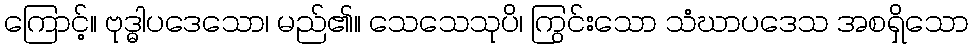
ကြောင့်။ ဗုဒ္ဓါပဒေသော၊ မည်၏။ သေသေသုပိ၊ ကြွင်းသော သံဃာပဒေသ အစရှိသော